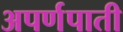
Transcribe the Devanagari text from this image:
अपर्णपाती